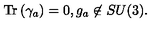
\mathrm { T r } \left( \gamma _ { a } \right) = 0 , g _ { a } \not \in S U ( 3 ) .